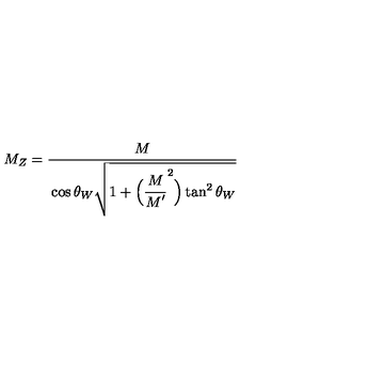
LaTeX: M _ { Z } = \frac { \strut \displaystyle M } { \strut \displaystyle \cos \theta _ { W } \sqrt { 1 + \Bigl ( \frac { \strut \displaystyle M } { \strut \displaystyle M ^ { \prime } } ^ { 2 } \Bigr ) \tan ^ { 2 } \theta _ { W } } }